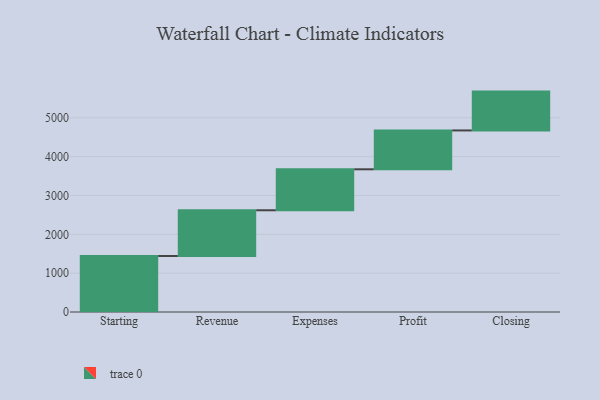
{"axis": {"x": "Step", "y": "Value"}, "legend": [""], "data": [{"x": "Starting", "y": 1442.0, "type": ""}, {"x": "Revenue", "y": 1177.0, "type": ""}, {"x": "Expenses", "y": 1055.0, "type": ""}, {"x": "Profit", "y": 1000, "type": ""}, {"x": "Closing", "y": 1000, "type": ""}]}